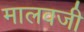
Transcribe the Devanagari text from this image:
मालवजी